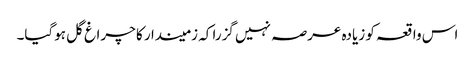
اس واقعہ کو زیادہ عرصہ نہیں گزرا کہ زمیندا ر کا چراغ گل ہوگیا۔